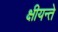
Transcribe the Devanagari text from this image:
क्षीयन्ते